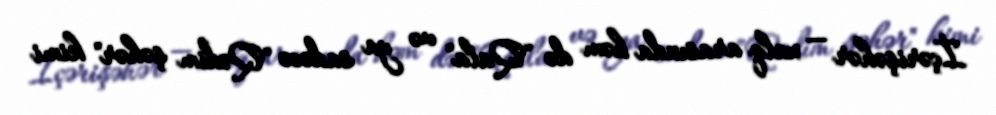
İçərişəhər — xalq arasında həm də "Qala" və ya sadəcə "Qədim şəhər" kimi